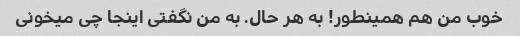
خوب من هم همینطور! به هر حال. به من نگفتی اینجا چی میخونی